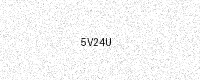
Text: 5V24U